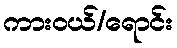
ကားဝယ်/ရောင်း